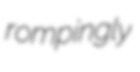
rompingly